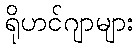
ရိုဟင်ဂျာများ